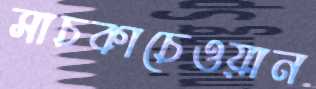
সাচকাচেওয়ান